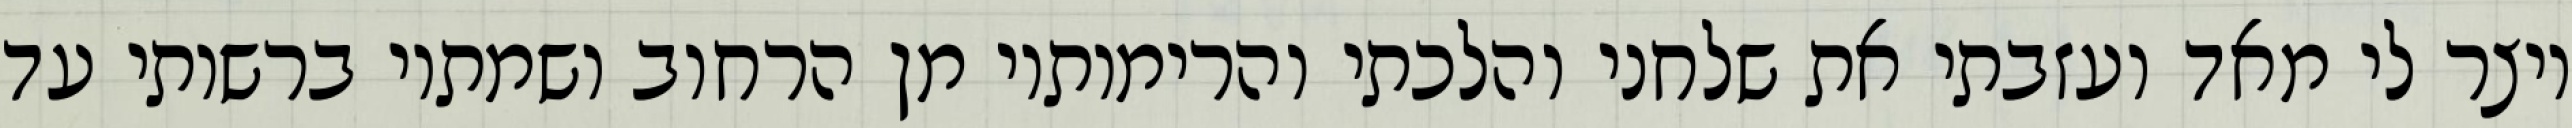
ויצר לי מאד ועזבתי את שלחני והלכתי והרימותיו מן הרחוב ושמתיו ברשותי עד